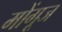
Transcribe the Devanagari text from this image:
मोंगूज